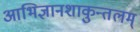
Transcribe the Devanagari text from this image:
आभिज्ञानशाकुन्तलम्